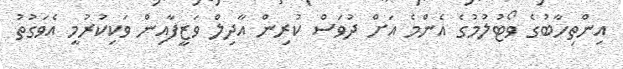
އިންތިހާބުގެ ވޯޓުލުމުގެ އެންމެ އަށް ދުވަސް ކުރިން އާދިލް ވަޒީފާއިން ވަކިކުރުމީ އެވަގުތު